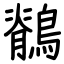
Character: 鶺